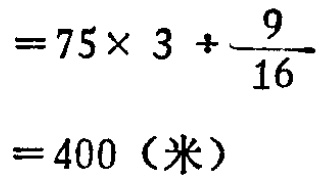
\[
\begin{align*}
&=75\times 3\div\frac{9}{16}\\
&=400（米）
\end{align*}
\]